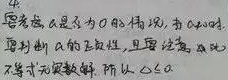
要考虑 \(A\) 是否为 \(0\) 的情况，当 \(A = 0\) 时，\(Ax = b\) 变成 \(0 = b\)，此时需要讨论 \(b\) 的取值性，且要注意 \(Ax = b\) 此时可能无解，所以 \(A\neq0\)。